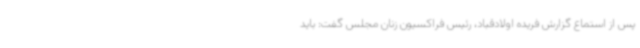
پس از استماع گزارش فریده اولادقباد، رئیس فراکسیون زنان مجلس گفت: باید